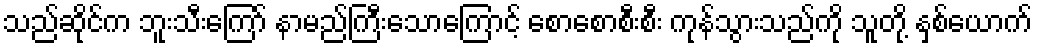
သည်ဆိုင်က ဘူးသီးကြော် နာမည်ကြီးသောကြောင့် စောစောစီးစီး ကုန်သွားသည်ကို သူတို့ နှစ်ယောက်